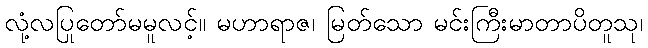
လုံ့လပြုတော်မမူလင့်။ မဟာရာဇ၊ မြတ်သော မင်းကြီးမာတာပိတူသု၊